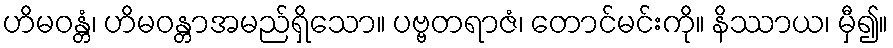
ဟိမဝန္တံ၊ ဟိမဝန္တာအမည်ရှိသော။ ပဗ္ဗတရာဇံ၊ တောင်မင်းကို။ နိဿာယ၊ မှီ၍။